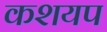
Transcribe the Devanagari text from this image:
कशयप